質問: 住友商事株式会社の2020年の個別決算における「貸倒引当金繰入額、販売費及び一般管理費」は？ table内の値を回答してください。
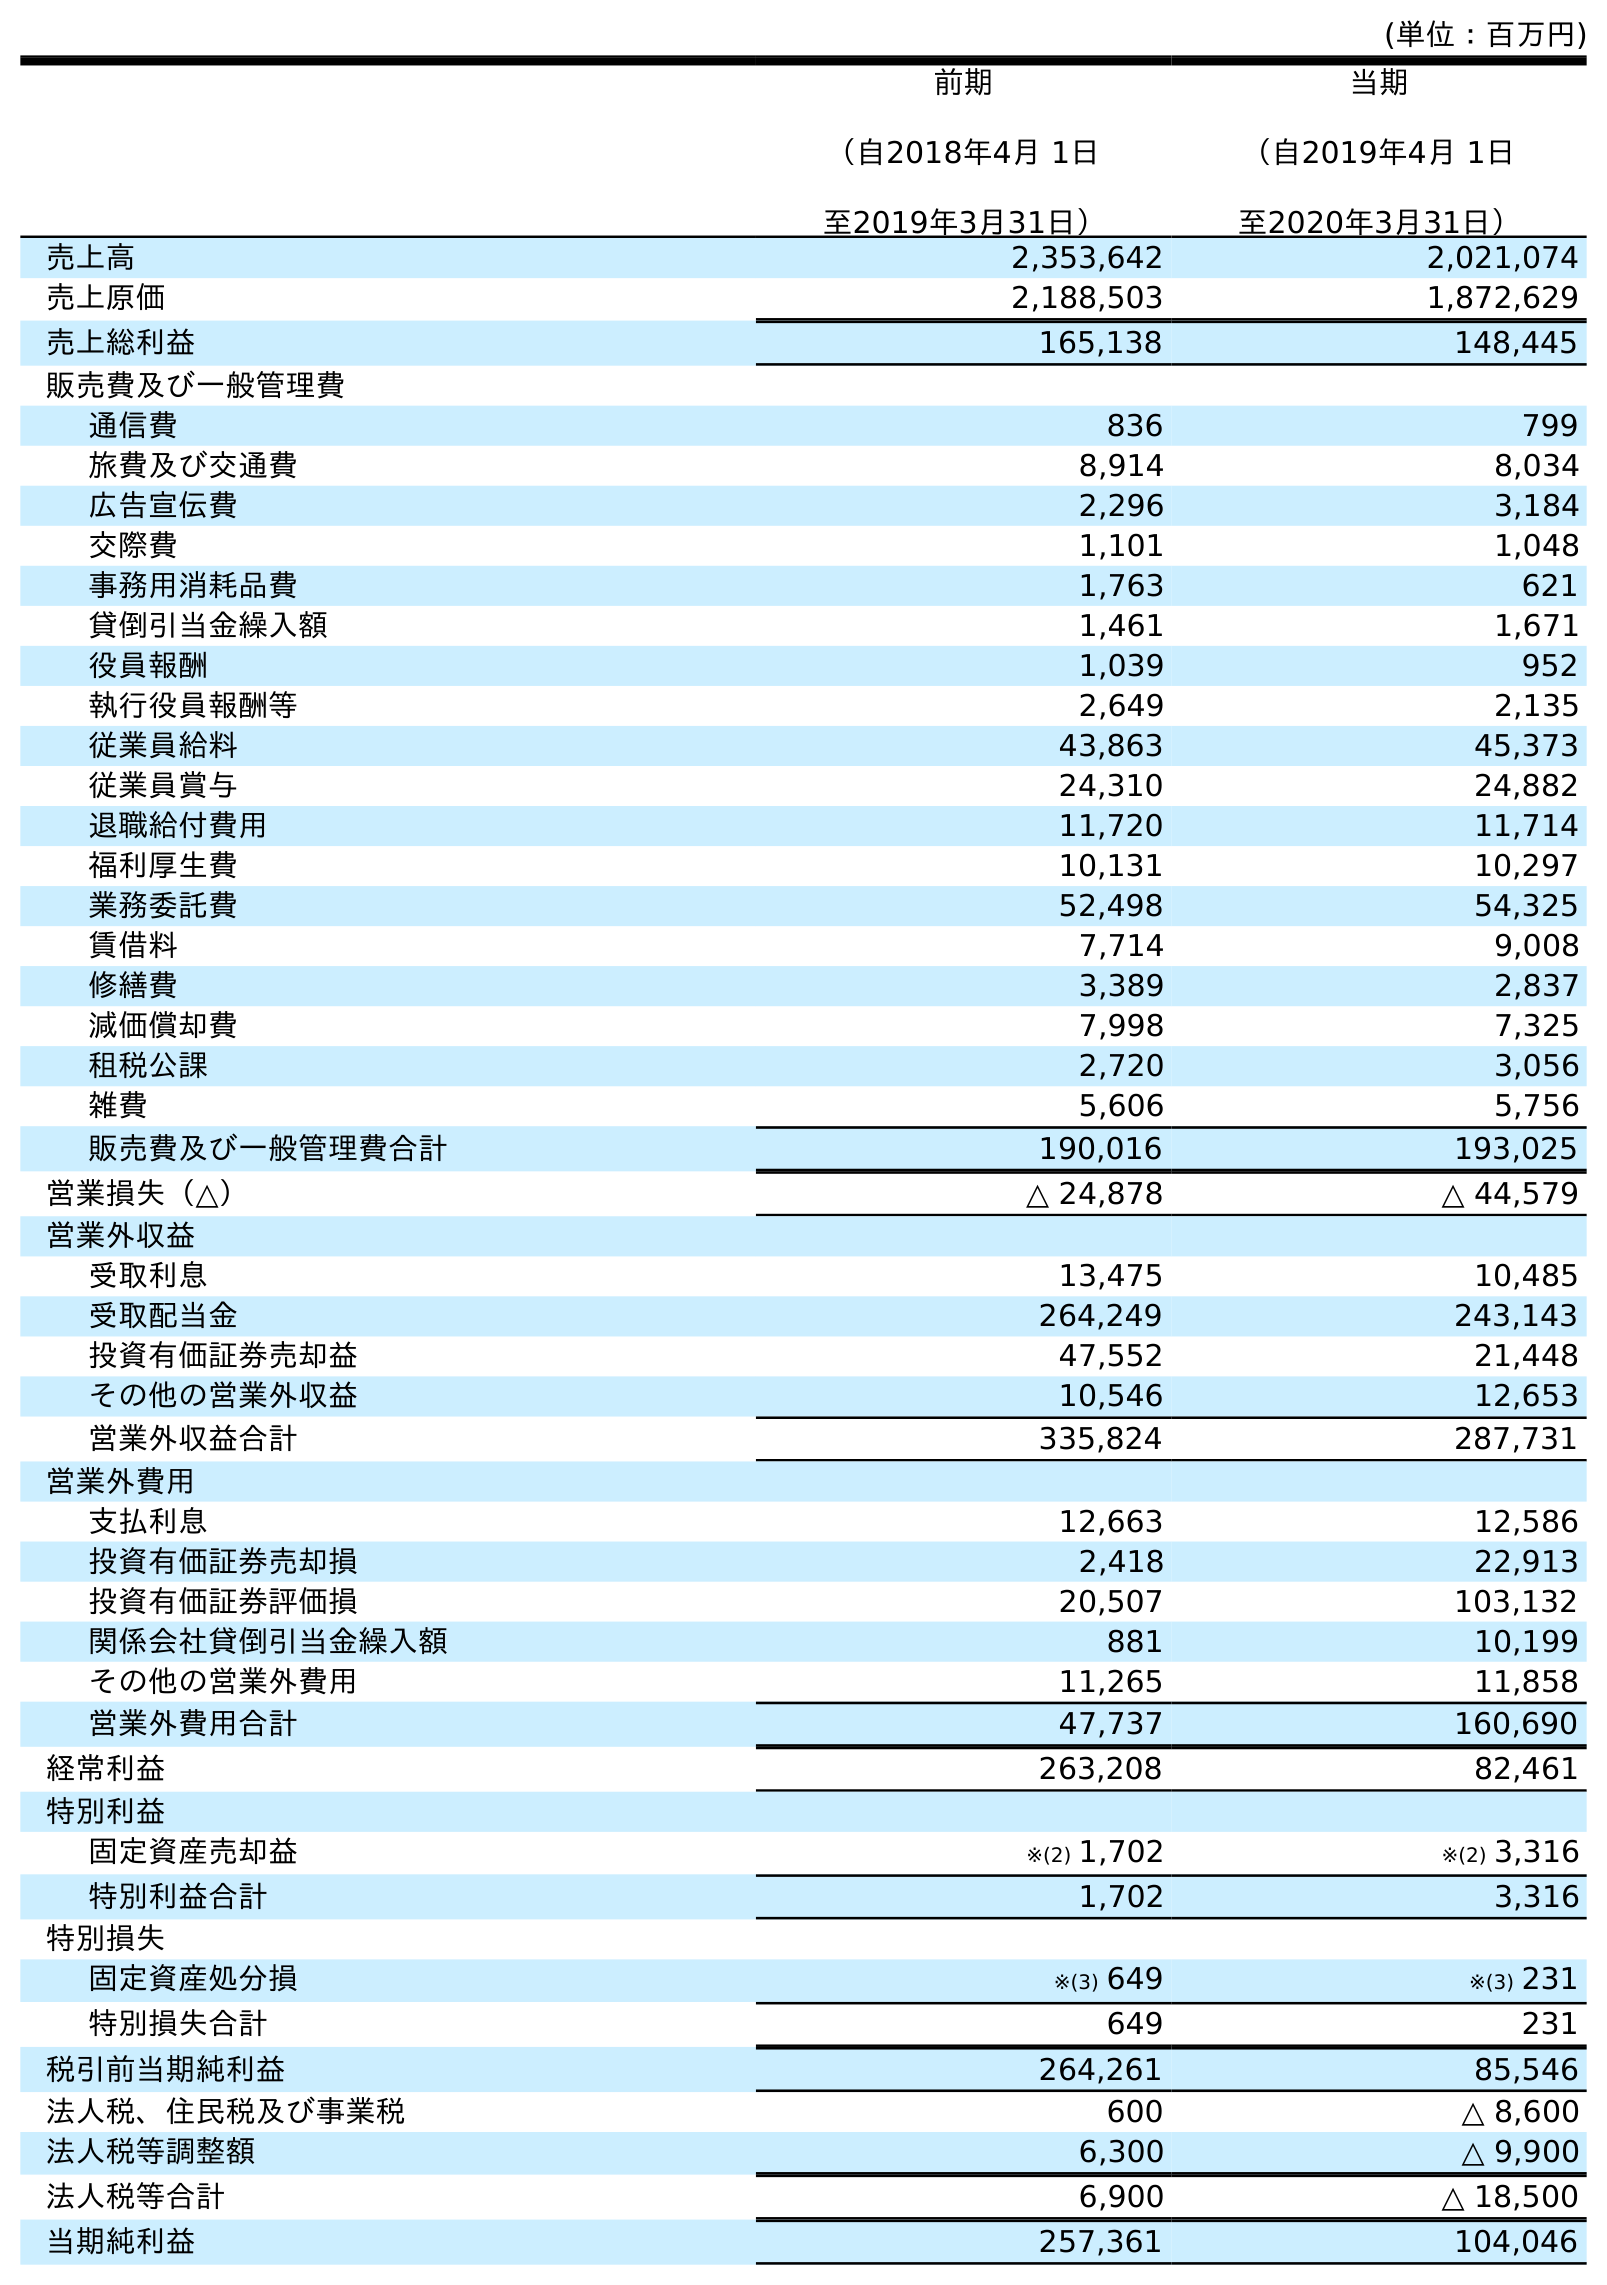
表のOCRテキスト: (単位：百万円) 前期 （自2018年4月 1日 至2019年3月31日） 当期 （自2019年4月 1日 至2020年3月31日） 売上高 2,353,642 2,021,074 売上原価 2,188,503 1,872,629 売上総利益 165,138 148,445 販売費及び一般管理費 通信費 836 799 旅費及び交通費 8,914 8,034 広告宣伝費 2,296 3,184 交際費 1,101 1,048 事務用消耗品費 1,763 621 貸倒引当金繰入額 1,461 1,671 役員報酬 1,039 952 執行役員報酬等 2,649 2,135 従業員給料 43,863 45,373 従業員賞与 24,310 24,882 退職給付費用 11,720 11,714 福利厚生費 10,131 10,297 業務委託費 52,498 54,325 賃借料 7,714 9,008 修繕費 3,389 2,837 減価償却費 7,998 7,325 租税公課 2,720 3,056 雑費 5,606 5,756 販売費及び一般管理費合計 190,016 193,025 営業損失（△） △ 24,878 △ 44,579 営業外収益 受取利息 13,475 10,485 受取配当金 264,249 243,143 投資有価証券売却益 47,552 21,448 その他の営業外収益 10,546 12,653 営業外収益合計 335,824 287,731 営業外費用 支払利息 12,663 12,586 投資有価証券売却損 2,418 22,913 投資有価証券評価損 20,507 103,132 関係会社貸倒引当金繰入額 881 10,199 その他の営業外費用 11,265 11,858 営業外費用合計 47,737 160,690 経常利益 263,208 82,461 特別利益 固定資産売却益 ※(2) 1,702 ※(2) 3,316 特別利益合計 1,702 3,316 特別損失 固定資産処分損 ※(3) 649 ※(3) 231 特別損失合計 649 231 税引前当期純利益 264,261 85,546 法人税、住民税及び事業税 600 △ 8,600 法人税等調整額 6,300 △ 9,900 法人税等合計 6,900 △ 18,500 当期純利益 257,361 104,046
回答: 1,671